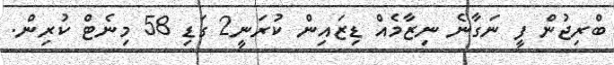
ބްރިޖުން ފީ ނަގާނެ ނިޒާމެއް ޑިޒައިން ކުރަނީ2 ގަޑި 58 މިނެޓް ކުރިން.